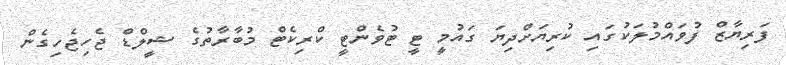
ފަރިޔާޒް ފުވައްމުލަކުގައި ކުރިޔަށްދިޔަ ގައުމީ ޓީ ޓުވެންޓީ ކްރިކެޓް މުބާރާތުގެ ޝީލްޑް ޖެހިޖެހިގެން